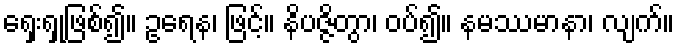
ရှေးရှုဖြစ်၍။ ဥရေန၊ ဖြင့်။ နိပဇ္ဇိတွာ၊ ဝပ်၍။ နမဿမာနာ၊ လျက်။